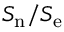
S _ { \mathrm { n } } / S _ { \mathrm { e } }